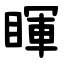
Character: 睴